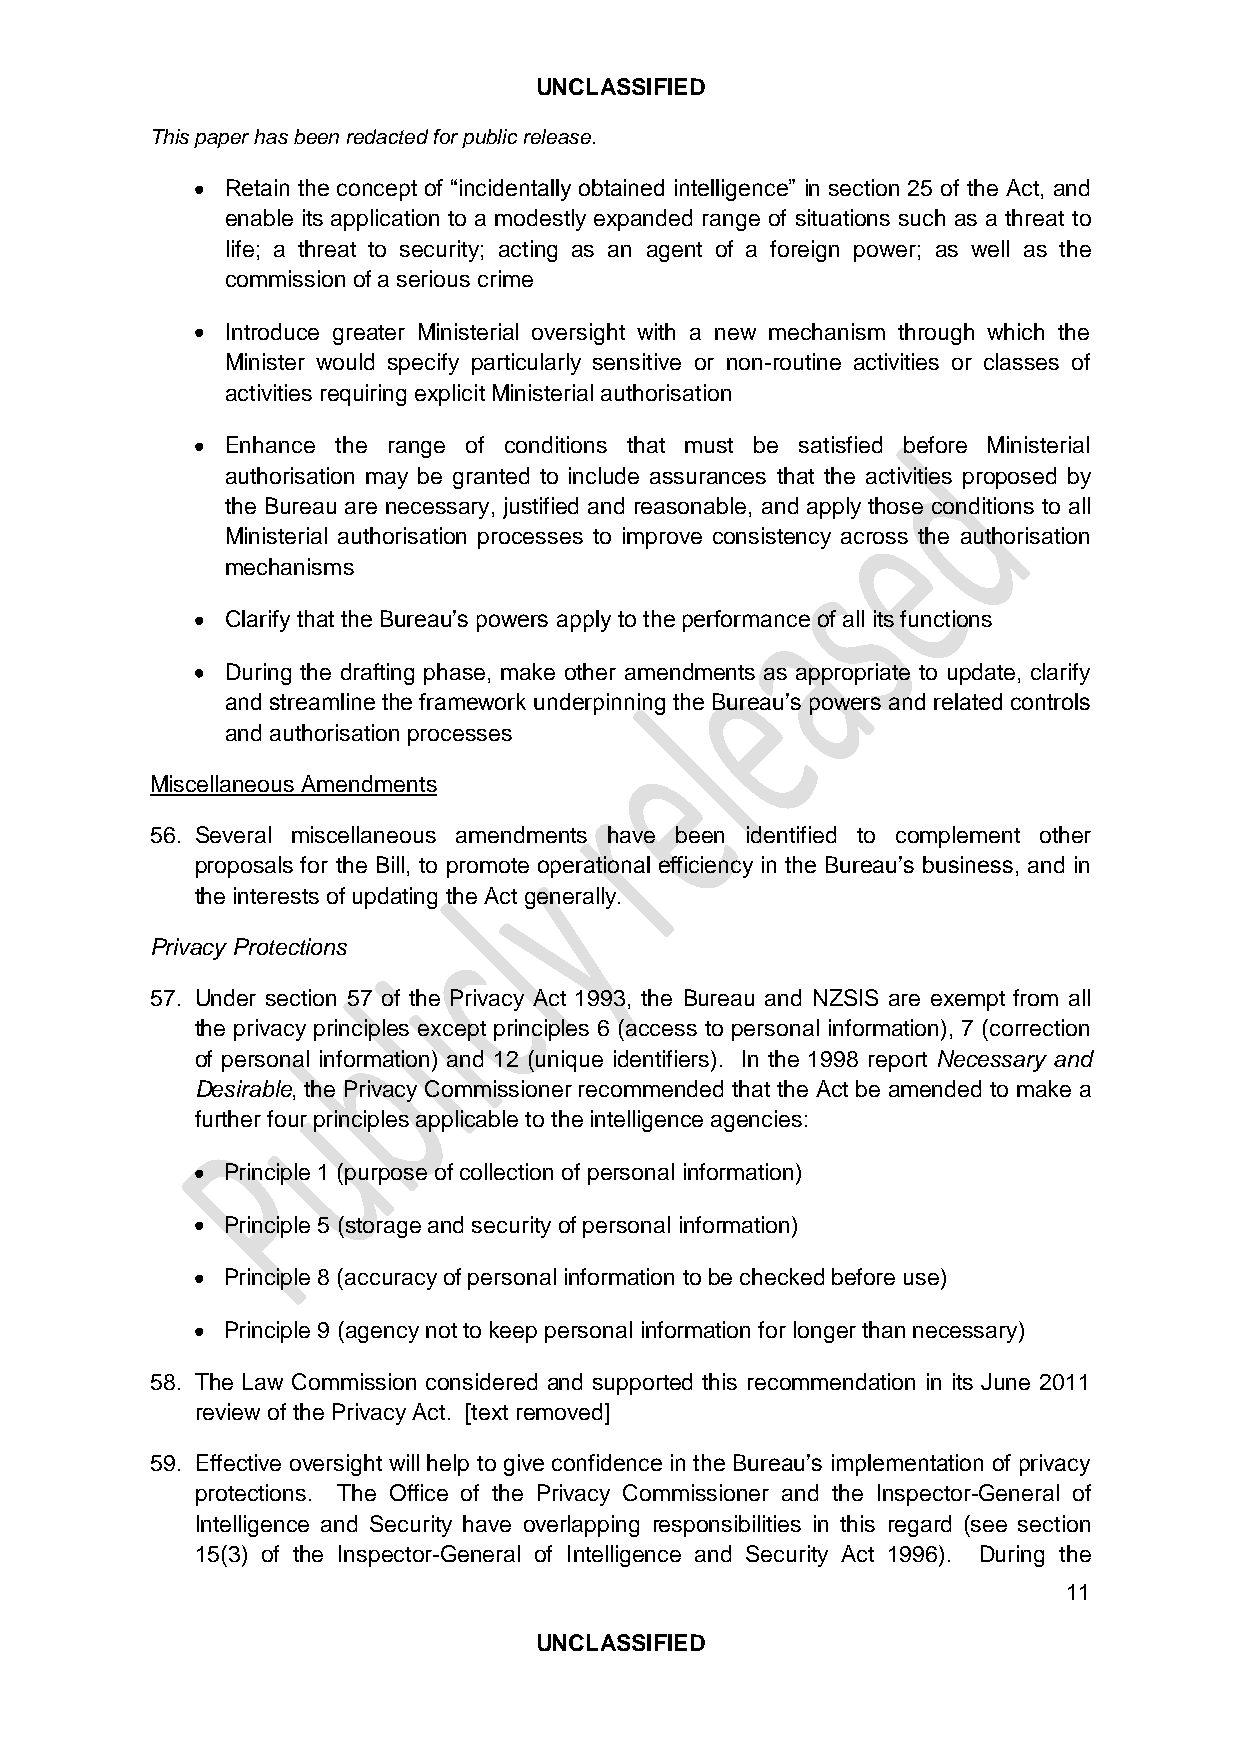
UNCLASSIFIED
 This paper has been redacted for public release.
 Retain the concept of “incidentally obtained intelligence” in section 25 of the Act, and
 enable its application to a modestly expanded range of situations such as a threat to
 life; a threat to security; acting as an agent of a foreign power; as well as the
 commission of a serious crime
 Introduce greater Ministerial oversight with a new mechanism through which the
 Minister would specify particularly sensitive or non-routine activities or classes of
 activities requiring explicit Ministerial authorisation
 Enhance the range of conditions that must be satisfied before Ministerial
 authorisation may be granted to include assurances that the activities proposed by
 the Bureau are necessary, justified and reasonable, and apply those conditions to all
 Ministerial authorisation processes to improve consistency across the authorisation
 mechanisms
 Clarify that the Bureau’s powers apply to the performance of all its functions
 During the drafting phase, make other amendments as appropriate to update, clarify
 and streamline the framework underpinning the Bureau’s powers and related controls
 and authorisation processes
 Miscellaneous Amendments
 56. Several miscellaneous amendments have been identified to complement other
 proposals for the Bill, to promote operational efficiency in the Bureau’s business, and in
 the interests of updating the Act generally.
 Privacy Protections
 57. Under section 57 of the Privacy Act 1993, the Bureau and NZSIS are exempt from all
 the privacy principles except principles 6 (access to personal information), 7 (correction
 of personal information) and 12 (unique identifiers). In the 1998 report Necessary and
 Desirable, the Privacy Commissioner recommended that the Act be amended to make a
 further four principles applicable to the intelligence agencies:
 Principle 1 (purpose of collection of personal information)
 Principle 5 (storage and security of personal information)
 Principle 8 (accuracy of personal information to be checked before use)
 Principle 9 (agency not to keep personal information for longer than necessary)
 58. The Law Commission considered and supported this recommendation in its June 2011
 review of the Privacy Act. [text removed]
 59. Effective oversight will help to give confidence in the Bureau’s implementation of privacy
 protections. The Office of the Privacy Commissioner and the Inspector-General of
 Intelligence and Security have overlapping responsibilities in this regard (see section
 15(3) of the Inspector-General of Intelligence and Security Act 1996). During the
 11
 UNCLASSIFIED